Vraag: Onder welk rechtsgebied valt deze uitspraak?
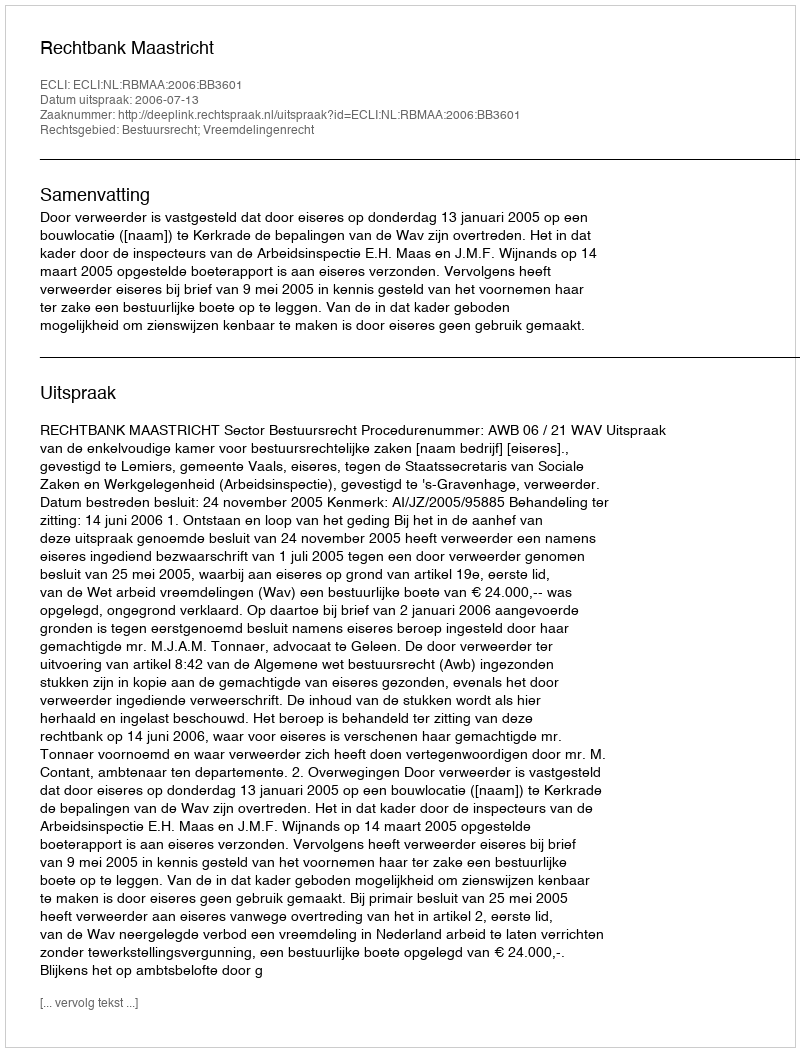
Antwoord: Bestuursrecht; Vreemdelingenrecht